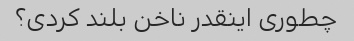
چطوری اینقدر ناخن بلند کردی؟